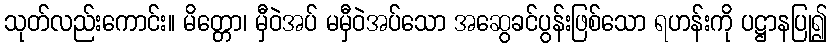
သုတ်လည်းကောင်း။ မိတ္တော၊ မှီဝဲအပ် မမှီဝဲအပ်သော အဆွေခင်ပွန်းဖြစ်သော ရဟန်းကို ပဋ္ဌာနပြု၍